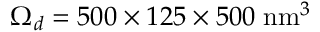
\Omega _ { d } = 5 0 0 \times 1 2 5 \times 5 0 0 \; \mathrm { n m } ^ { 3 }